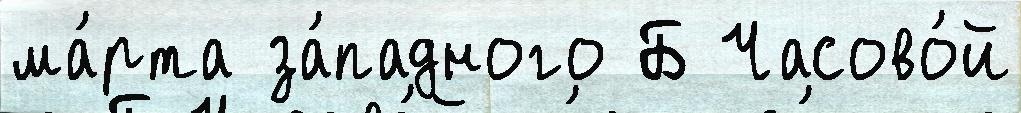
ма́рта за́падного Б Часово́й